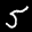
Label: 5